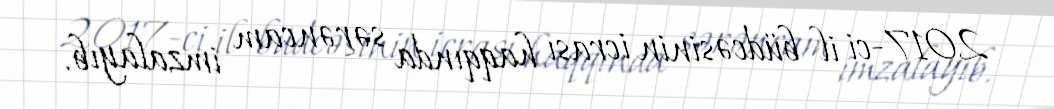
2017-ci il büdcəsinin icrası haqqında sərəncam imzalayıb.